On the action of the venoms of the cobra (Naja tripudians) and of the daboia (Daboia russellii) on the red blood corpuscles and on the blood plasma - Number 4
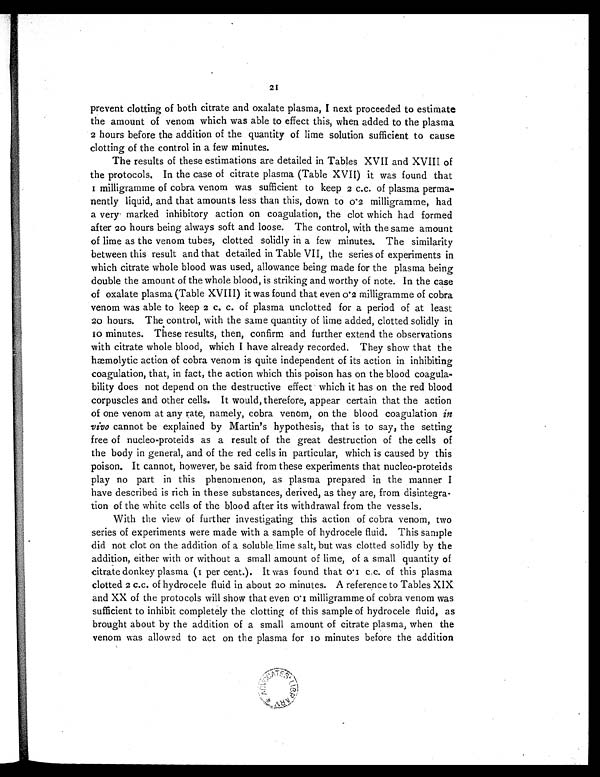
21
prevent clotting of both citrate and oxalate plasma, I next proceeded to estimate
the amount of venom which was able to effect this, when added to the plasma
2 hours before the addition of the quantity of lime solution sufficient to cause
clotting of the control in a few minutes.
The results of these estimations are detailed in Tables XVII and XVIII of
the protocols. In the case of citrate plasma (Table XVII) it was found that
I milligramme of cobra venom was sufficient to keep 2 c.c. of plasma perma-
nently liquid, and that amounts less than this, down to 0 ' 2 milligramme, had
a very marked inhibitory action on coagulation, the clot which had formed
after 20 hours being always soft and loose. The control, with the same amount
of lime as the venom tubes, clotted solidly in a few minutes. The similarity
between this result and that detailed in Table VII, the series of experiments in
which citrate whole blood was used, allowance being made for the plasma being
double the amount of the whole blood, is striking and worthy of note. In the case
of oxalate plasma (Table XVIII) it was found that even 0.2 milligramme of cobra
venom was able to keep 2 c. c. of plasma unclotted for a period of at least
20 hours. The control, with the same quantity of lime added, clotted solidly in
10 minutes. The se results, then, confirm and further extend the observations
with citrate whole blood, which I have already recorded. They show that the
h æ m o l y t i c a c t i o n o f c o b r a v e n o m i s q u i t e i n d e p e n d e n t o f i t s a c t i o n i n i n h i b i t i n g
coagulation, that, in fact, the action which this poison has on the blood coagula-
bility does not depend on the destructive effect which it has on the red blood
corpuscles and other cells. It would, therefore, appear certain that the action
of one venom at any rate, namely, cobra venom, on the blood coagulation in
vivo cannot be explained by Martin's hypothesis, that is to say, the setting
free of nucleo-proteids as a result of the great destruction of the cells of
the body in general, and of the red cells in particular, which is caused by this
poison. It cannot, however, be said from these experiments that nucleo-proteids
play no part in this phenomenon, as plasma prepared in the manner I
have described is rich in these substances, derived, as they are, from disintegra-
tion of the white cells of the blood after its withdrawal from the vessels.
With the view of further investigating this action of cobra venom, two
series of experiments were made with a sample of hydrocele fluid. This sample
did not clot on the addition of a soluble lime salt, but was clotted solidly by the
addition, either with or without a small amount of lime, of a small quantity of
citrate donkey plasma (I per cent.). It was found that o.I c.c. of this plasma
clotted 2 c.c. of hydrocele fluid in about 20 minutes. A reference to Tables XIX
and XX of the protocols will show that even 0.1 milligramme of cobra venom was
sufficient to inhibit completely the clotting of this sample of hydrocele fluid, as
brought about by the addition of a small amount of citrate plasma, when the
venom was allowed to act on the plasma for Io minutes before the addition
A D V O C A T E S L I B R A R Y